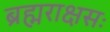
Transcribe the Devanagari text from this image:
ब्रह्मराक्षसः